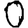
Digit: 0